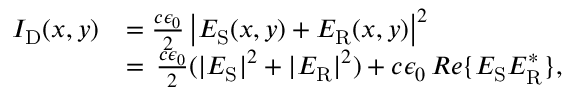
\begin{array} { r l } { I _ { \mathrm { D } } ( x , y ) } & { = \frac { c \epsilon _ { 0 } } { 2 } \left| E _ { \mathrm { S } } ( x , y ) + E _ { \mathrm { R } } ( x , y ) \right| ^ { 2 } } \\ & { = \, \frac { c \epsilon _ { 0 } } { 2 } ( | E _ { \mathrm { S } } | ^ { 2 } + | E _ { \mathrm { R } } | ^ { 2 } ) + c \epsilon _ { 0 } \, R e \{ E _ { \mathrm { S } } E _ { \mathrm { R } } ^ { \ast } \} , } \end{array}